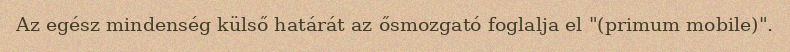
Az egész mindenség külső határát az ősmozgató foglalja el "(primum mobile)".